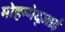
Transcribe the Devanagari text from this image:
मोहम्मेद्ज़ाई